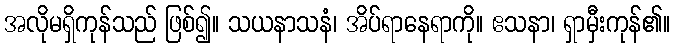
အလိုမရှိကုန်သည် ဖြစ်၍။ သယနာသနံ၊ အိပ်ရာနေရာကို။ ဧသနာ၊ ရှာမှီးကုန်၏။